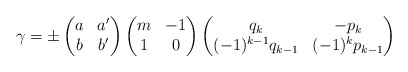
\begin{align*} \gamma = \pm \begin{pmatrix} a & a'\\ b & b' \end{pmatrix} \begin{pmatrix} m & -1\\ 1 & 0 \end{pmatrix} \begin{pmatrix} q_k & -p_k\\ (-1)^{k - 1} q_{k - 1} & (-1)^k p_{k - 1} \end{pmatrix} \end{align*}